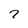
Character: 7